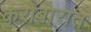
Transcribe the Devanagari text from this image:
करोबारात